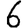
Digit: 6